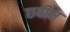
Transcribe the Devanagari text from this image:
छबीस